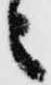
之